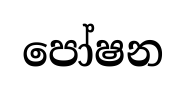
පෝෂන